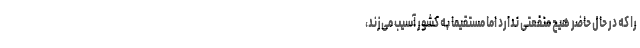
را که در حال حاضر هیچ منفعتی ندارد اما مستقیماً به کشور آسیب می‌زند،